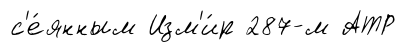
с'е́янным Изм'и́р 287-м АТР